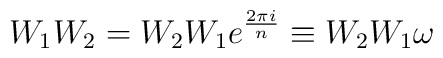
W_1W_2 = W_2W_1e^\frac{2\pi i}{n}\equiv W_2W_1\omega